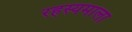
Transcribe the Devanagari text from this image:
रहस्यमाला